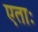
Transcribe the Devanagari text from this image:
एताः